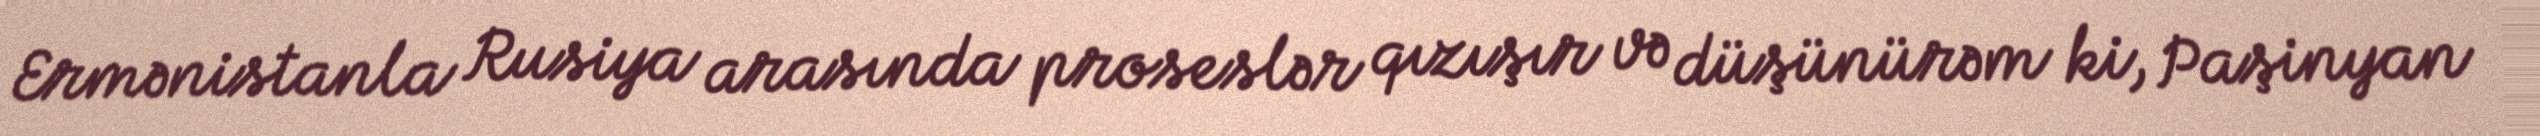
Ermənistanla Rusiya arasında proseslər qızışır və düşünürəm ki, Paşinyan